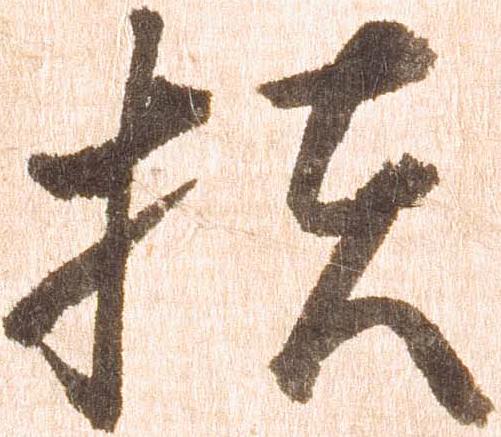
扶